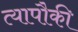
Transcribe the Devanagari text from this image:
त्यापौकी